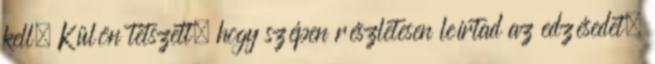
kell. Külön tetszett, hogy szépen részletesen leírtad az edzésedet,